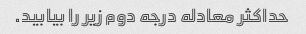
حداکثر معادله درجه دوم زیر را بیابید.